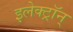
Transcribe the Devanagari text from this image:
इलेक्ट्रॉन्